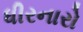
ધીરનારો